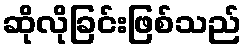
ဆိုလိုခြင်းဖြစ်သည်